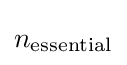
n_{\mathrm {essential} }